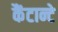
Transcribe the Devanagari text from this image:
कैंटान्टे